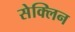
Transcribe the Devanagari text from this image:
सेक्लिन